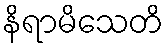
နိရာမိသေတိ